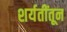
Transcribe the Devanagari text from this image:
शर्यतींतून